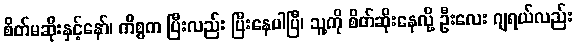
စိတ်မဆိုးနှင့်နော်၊ ကိစ္စက ပြီးလည်း ပြီးနေပါပြီ၊ သူ့ကို စိတ်ဆိုးနေလို့ ဦးလေး ဂျရယ်လည်း